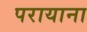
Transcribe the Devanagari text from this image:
परायाना